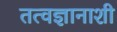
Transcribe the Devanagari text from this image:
तत्वज्ञानाशी